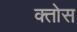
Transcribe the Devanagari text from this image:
क्तोस